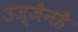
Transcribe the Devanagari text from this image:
उज्जैनहै